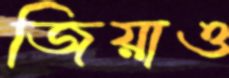
জিয়াও